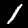
Label: 1